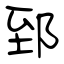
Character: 郅